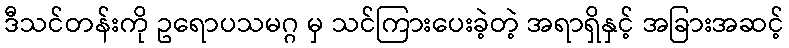
ဒီသင်တန်းကို ဥရောပသမဂ္ဂ မှ သင်ကြားပေးခဲ့တဲ့ အရာရှိနှင့် အခြားအဆင့်